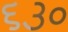
૬૩૦